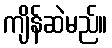
ကျိန်ဆဲမည်။